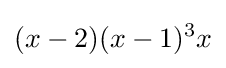
(x-2)(x-1)^{3}x